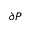
\partial { P }